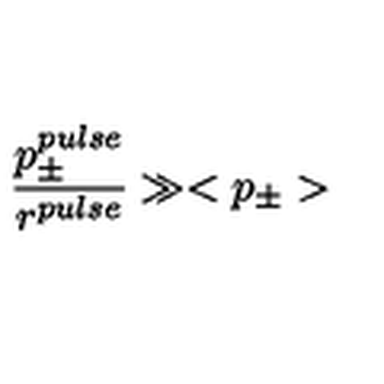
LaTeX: \frac { p _ { \pm } ^ { p u l s e } } { r ^ { p u l s e } } \gg < p _ { \pm } >